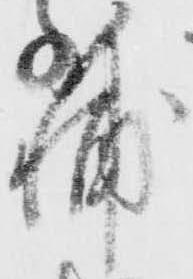
輔